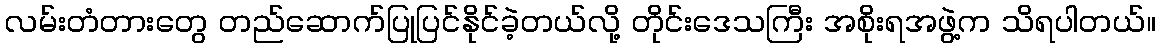
လမ်းတံတားတွေ တည်ဆောက်ပြုပြင်နိုင်ခဲ့တယ်လို့ တိုင်းဒေသကြီး အစိုးရအဖွဲ့က သိရပါတယ်။